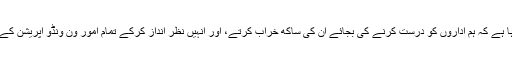
ہمارا طرزعمل یہ رہا ہے کہ ہم اداروں کو درست کرنے کی بجائے اُن کی ساکھ خراب کرتے، اور انہیں نظر انداز کرکے تمام امور ون ونڈو آپریشن کے حوالے کردیتے ہیں۔